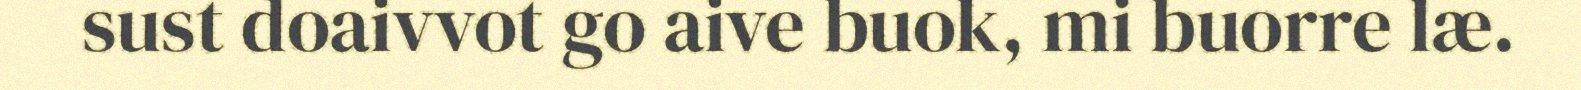
sust doaivvot go aive buok, mi buorre læ.